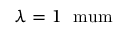
\lambda = 1 ~ \mathrm { { \ m u m } }